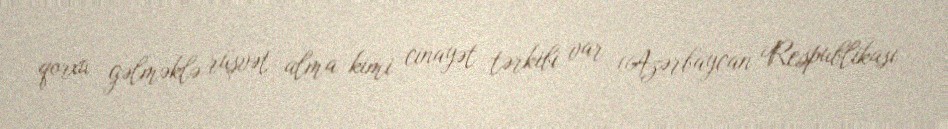
qorxu gəlməklə rüşvət alma kimi cinayət tərkibi var (Azərbaycan Respublikası